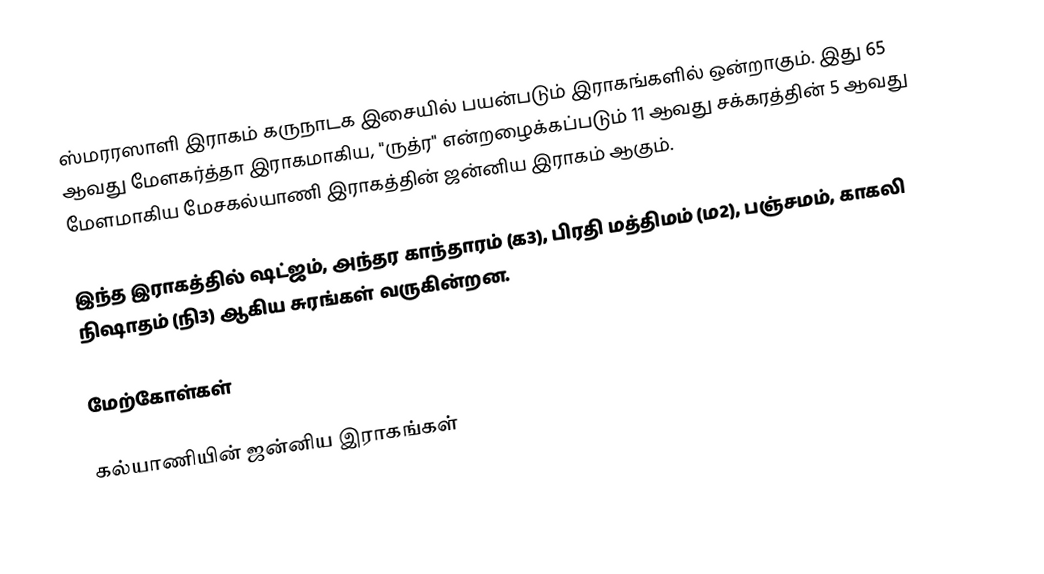
ஸ்மரரஸாளி இராகம் கருநாடக இசையில் பயன்படும் இராகங்களில் ஒன்றாகும். இது 65 ஆவது மேளகர்த்தா இராகமாகிய, "ருத்ர" என்றழைக்கப்படும் 11 ஆவது சக்கரத்தின் 5 ஆவது மேளமாகிய மேசகல்யாணி இராகத்தின் ஜன்னிய இராகம் ஆகும்.

இந்த இராகத்தில் ஷட்ஜம், அந்தர காந்தாரம் (க3), பிரதி மத்திமம் (ம2), பஞ்சமம், காகலி நிஷாதம் (நி3) ஆகிய சுரங்கள் வருகின்றன.

மேற்கோள்கள்

கல்யாணியின் ஜன்னிய இராகங்கள்